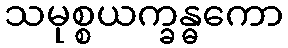
သမုစ္စယက္ခန္ဓကော